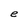
Character: e